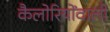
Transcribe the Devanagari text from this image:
कैलोरियोंवाली